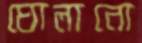
ঘোলানো